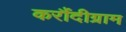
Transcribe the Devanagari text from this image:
करौंदीग्राम